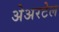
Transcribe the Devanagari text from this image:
अेअरटेल